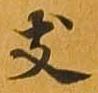
支